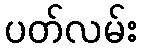
ပတ်လမ်း